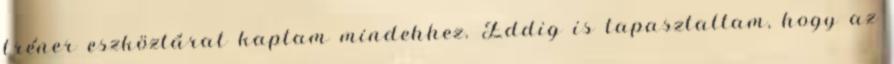
tréner eszköztárat kaptam mindehhez. Eddig is tapasztaltam, hogy az